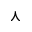
\curlywedge